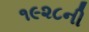
૧૯૨૮ની